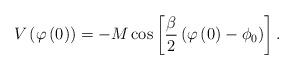
LaTeX: \begin{align*}V\left(\varphi\left(0\right)\right) = -M\cos\left[\frac{\beta}{2}\left(\varphi\left(0\right) - \phi_0 \right) \right].\end{align*}